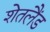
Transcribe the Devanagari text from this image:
शेतलैंड